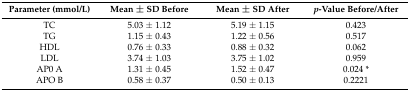
<table><thead><tr><td><b>Parameter (mmol/L)</b></td><td><b>Mean ± SD Before</b></td><td><b>Mean ± SD After</b></td><td><b><i>p</i>-Value Before/After</b></td></tr></thead><tbody><tr><td>TC</td><td>5.03 ± 1.12</td><td>5.19 ± 1.15</td><td>0.423</td></tr><tr><td>TG</td><td>1.15 ± 0.43</td><td>1.22 ± 0.56</td><td>0.517</td></tr><tr><td>HDL</td><td>0.76 ± 0.33</td><td>0.88 ± 0.32</td><td>0.062</td></tr><tr><td>LDL</td><td>3.74 ± 1.03</td><td>3.75 ± 1.02</td><td>0.959</td></tr><tr><td>AP0 A</td><td>1.31 ± 0.45</td><td>1.52 ± 0.47</td><td>0.024 *</td></tr><tr><td>APO B</td><td>0.58 ± 0.37</td><td>0.50 ± 0.13</td><td>0.2221</td></tr></tbody></table>